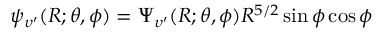
\psi _ { \upsilon ^ { \prime } } ( R ; \theta , \phi ) = \Psi _ { \upsilon ^ { \prime } } ( R ; \theta , \phi ) R ^ { 5 / 2 } \sin \phi \cos \phi